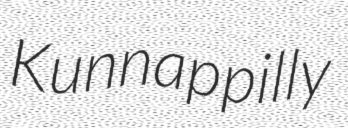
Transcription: Kunnappilly